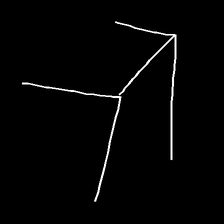
Glyph: gather